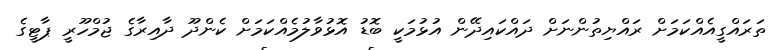
ތަރައްގީއެއްކަމަށް ރައްޔިތުންނަށް ދައްކައިދޭން އުޅުމަކީ ބޮޑު އޮޅުވާލުމެއްކަމަށް ކެންދޫ ދާއިރާގެ ޖުމްހޫރީ ޕާޓީގެ